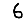
Digit: 6